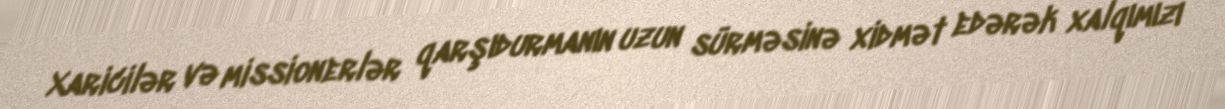
Xaricilər və missionerlər qarşıdurmanın uzun sürməsinə xidmət edərək xalqımızı